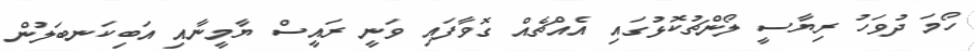
ހޯމަ ދުވަހު ރިޔާސީ ލޯންޗުކޮޅުގައި އެއްޗެއް ގޮވާފައި ވަނީ ރައީސް ޔާމީނާއި އަބިކަނބަލުން